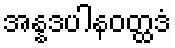
အန္နဒပါနဝတ္ထဒံ